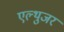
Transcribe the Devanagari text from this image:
एल्थुजर